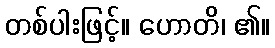
တစ်ပါးဖြင့်။ ဟောတိ၊ ၏။